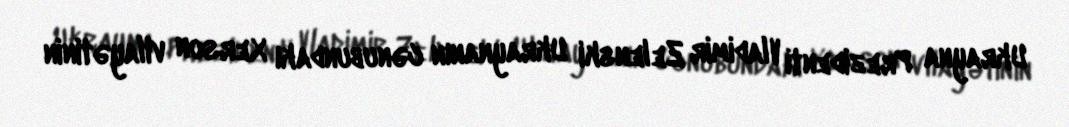
Ukrayna Prezidenti Vladimir Zelenski Ukraynanın cənubundakı Xerson vilayətinin